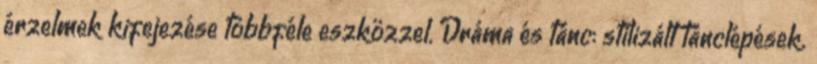
érzelmek kifejezése többféle eszközzel. Dráma és tánc: stilizált tánclépések.